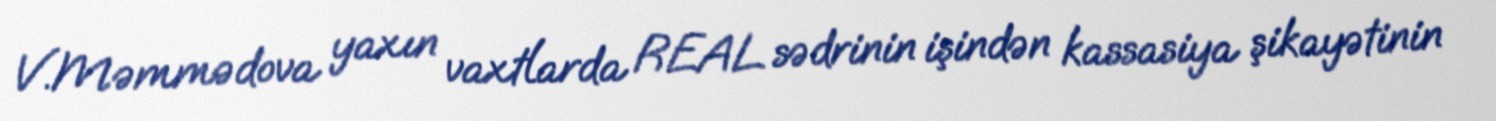
V.Məmmədova yaxın vaxtlarda REAL sədrinin işindən kassasiya şikayətinin